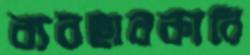
ব্যবহারকারি